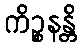
ကိဉ္စနန္တိ